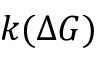
k ( \Delta G )